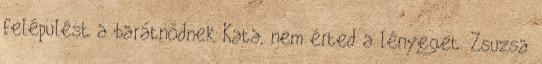
felépülést a barátnődnek Kata, nem érted a lényeget. Zsuzsa